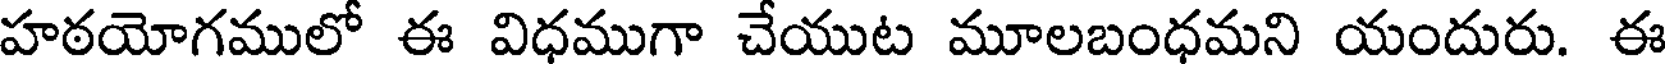
హఠయోగములో ఈ విధముగా చేయుట మూలబంధమని యందురు. ఈ